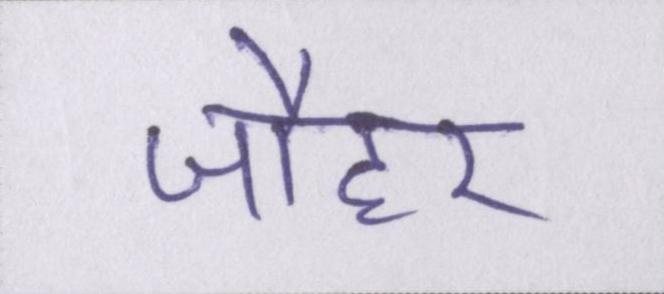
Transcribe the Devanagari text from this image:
जौहर